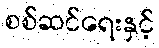
စစ်ဆင်ရေးနှင့်